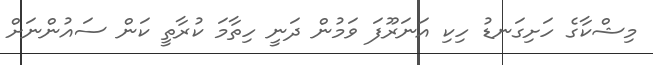
މިޝްކާގެ ހަށިގަނޑު ހިކި އަނަރޫފަ ވަމުން ދަނީ ހިތާމަ ކުރާތީ ކަން ސައުންނަށް